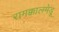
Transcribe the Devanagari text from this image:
रामक्कालमेडू